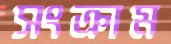
সংক্রাম